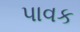
પાવક